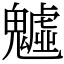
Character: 魖